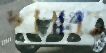
দরবারও